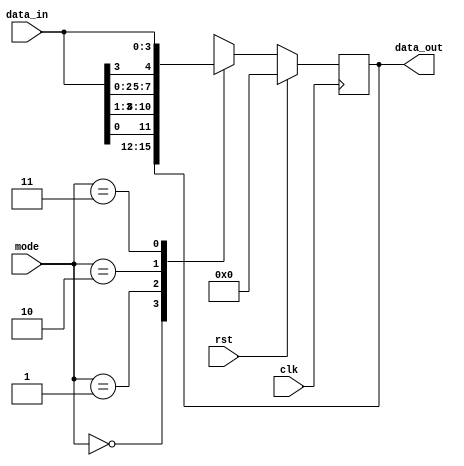
`timescale 1ns / 1ps
//////////////////////////////////////////////////////////////////////////////////
// Company: 
// Engineer: 
// 
// Design Name: 
// Module Name: universal_shift_reg
// Project Name: 
// Target Devices: 
// Tool Versions: 
// Description: 
// 
// Dependencies: 
// 
// Revision:
// Revision 0.01 - File Created
// Additional Comments:
// 
//////////////////////////////////////////////////////////////////////////////////


module universal_shift_reg(
    output reg[3:0]data_out,
    input clk,
    input rst,
    input [1:0]mode,
    input [3:0]data_in
    );
    always@(posedge clk)
    begin
    if(rst)
    data_out<=0;
    else
    begin
    case(mode)
    2'b00:data_out<=data_out;//no changes
    2'b01:data_out<={data_in[0],data_in[3:1]};
    2'b10:data_out<={data_in[2:0],data_in[3]};
    2'b11:data_out=data_in;
    endcase
    end
    end
endmodule